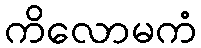
ကိလောမကံ